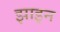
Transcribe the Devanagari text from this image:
झाइन